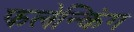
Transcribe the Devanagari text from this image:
फलेन्किंग